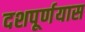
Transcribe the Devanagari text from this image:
दशपूर्णयास